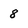
Character: 8